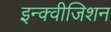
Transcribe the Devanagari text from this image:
इन्क्वीजिशन